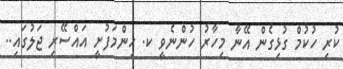
ކުރި ހުކުމް ގުޅިގެން އޭނާ މިހާރު ހުންނެވީ ކ. ހިންމަފުށީ އައްސޭރި ޖަލުގައި..